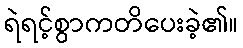
ရဲရင့်စွာကတိပေးခဲ့၏။